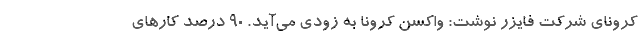
کرونای شرکت فایزر نوشت: واکسن کرونا به زودی می‌آید. 90 درصد کارهای